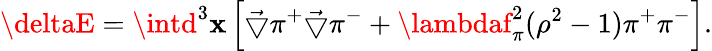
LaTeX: \deltaE=\intd^{3}\mathbf{x}\left[\vec{{\bigtriangledown}}\pi^{+}\vec{{\bigtriangledown}}\pi^{-}+\lambdaf_{\pi}^{2}(\rho^{2}-1)\pi^{+}\pi^{-}\right].